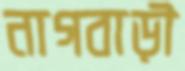
নাগবাড়ী